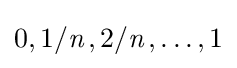
0,1/{\textit {n}}\,,2/{\textit {n}}\,,\dots ,1